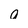
Character: a